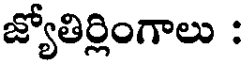
జ్యోతిర్లింగాలు :